Insane asylums in Bengal annual reports 1867-1875 - 1867-1875
Year: 1867
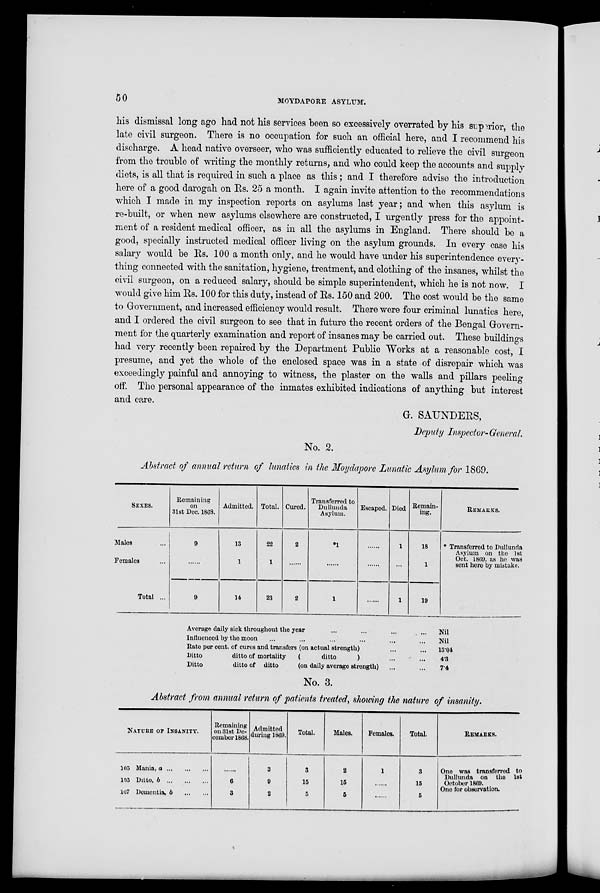
50
MOYDAPORE ASYLUM.
his dismissal long ago had not his services been so excessively overrated by his superior, the
late civil surgeon. There is no occupation for such an official here, and I recommend his
discharge. A head native overseer, who was sufficiently educated to relieve the civil surgeon
from the trouble of writing the monthly returns, and who could keep the accounts and supply
diets, is all that is required in such a place as this; and I therefore advise the introduction
here of a good darogah on Rs. 25 a month. I again invite attention to the recommendations
which I made in my inspection reports on asylums last year; and when this asylum is
re-built, or when new asylums elsewhere are constructed, I urgently press for the appoint-
ment of a resident medical officer, as in all the asylums in England. There should be a
good, specially instructed medical officer living on the asylum grounds. In every case his
salary would be Rs. 100 a month only, and he would have under his superintendence every¬
thing connected with the sanitation, hygiene, treatment, and clothing of the insanes, whilst the
civil surgeon, on a reduced salary, should be simple superintendent, which he is not now. I
would give him Rs. 100 for this duty, instead of Rs. 150 and 200. The cost would be the same
to Government, and increased efficiency would result. There were four criminal lunatics here,
and I ordered the civil surgeon to see that in future the recent orders of the Bengal Govern-
ment for the quarterly examination and report of insanes may be carried out. These buildings
had very recently been repaired by the Department Public Works at a reasonable cost, I
presume, and yet the whole of the enclosed space was in a state of disrepair which was
exceedingly painful and annoying to witness, the plaster on the walls and pillars peeling
off. The personal appearance of the inmates exhibited indications of anything but interest
and care.
G. SAUNDERS,
Deputy Inspector- General.
No. 2.
Abstract of annual return of lunatics in the Moydapore Lunatic Asylum for 1869.
SEXES.
Males ...
Females ...
Total ...
Remaining
on
31st Dec. 1868.
9
......
9
Admitted.
13
1
14
Total.
22
1
23
Cured.
2
......
2
Transferred to
Dullunda
Asylum.
*1
......
1
Escaped.
......
......
......
Died
1
...
1
Remain-
ing.
18
1
19
REMARKS.
* Transferred to Dullunda
Asylum on the 1st
Oct. 1869, as he was
sent here by mistake.
Average daily sick throughout the year
...
...
...
...
Influenced by the moon ... ... ... ... ... ...
Rate per cent. of cures and transfers (on actual strength) ... ...
Ditto
ditto of mortality
(
ditto
) ... ...
Ditto
ditto of ditto
(on daily average strength) ... ...
Nil
Nil
13.04
4.3
7.4
No. 3.
Abstract from annual return of patients treated, showing the nature of insanity.
NATURE OF INSANITY.
105 Mania, a ... ... ...
105 Ditto, b ... ... ...
107 Dementia, b
...
...
Remaining
on 31st De-
cember 1868.
......
6
3
Admitted
during 1869.
3
9
2
Total.
3
15
5
Males.
2
15
5
Females.
1
......
......
Total.
3
15
5
REMARKS.
One was transferred to
Dullunda on the 1st
October 1869.
One for observation.